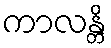
ကာလန္တိ